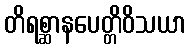
တိရစ္ဆာနပေတ္တိဝိသယာ